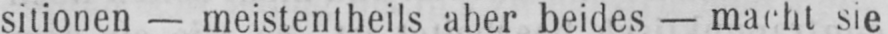
sitionen - meistentheils aber beides - macht sie